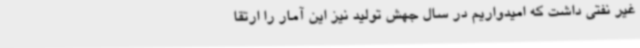
غیر نفتی داشت که امیدواریم در سال جهش تولید نیز این آمار را ارتقا